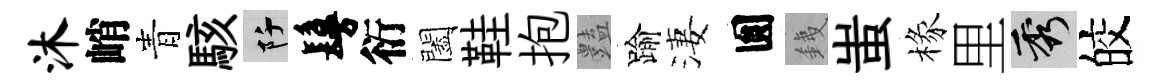
沐峭青駭阡鬘衍闔鞋抱𧰟踰淒圎銕蚩椽里秀皎